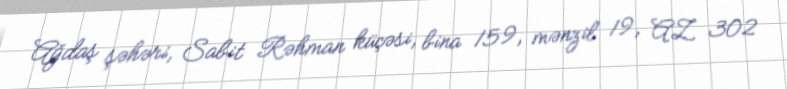
Ağdaş şəhəri, Sabit Rəhman küçəsi, bina 159, mənzil 19, AZ 302